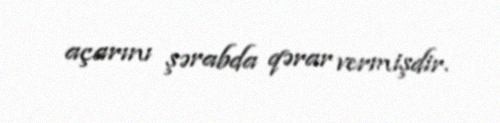
açarını şərabda qərar vermişdir.